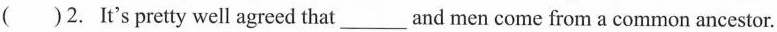
( )2. It's pretty well agreed that ___ and men come from a common ancestor.